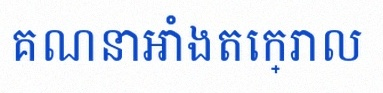
គណនាអាំងតេក្រាល